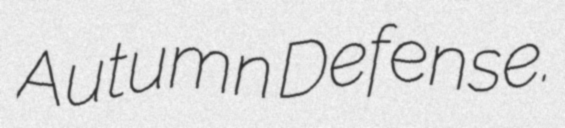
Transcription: Autumn Defense.